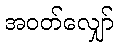
အဝတ်လျှော်